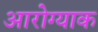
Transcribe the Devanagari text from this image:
आरोग्याक